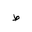
Letter: _da